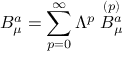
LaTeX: B _ { \mu } ^ { a } = \sum _ { p = 0 } ^ { \infty } \Lambda ^ { p } \stackrel { ( p ) } { B _ { \mu } ^ { a } }